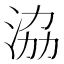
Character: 𣴚